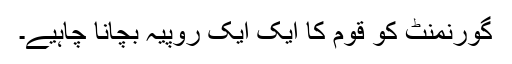
گورنمنٹ کو قوم کا ایک ایک روپیہ بچانا چاہیے۔